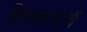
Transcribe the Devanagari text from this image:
शिवानंदस्वामी